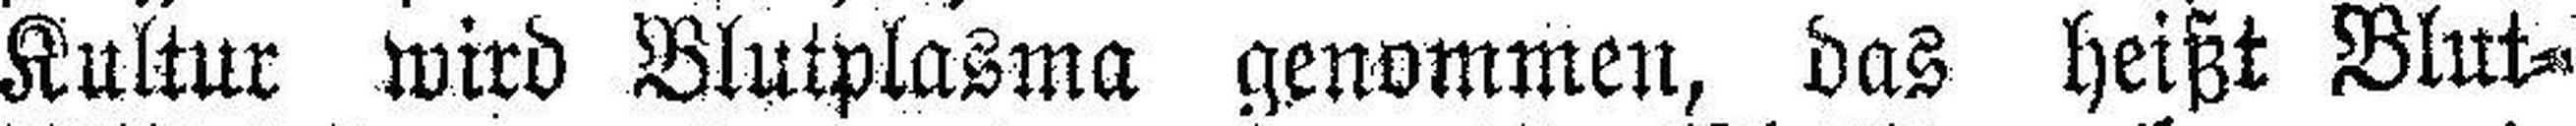
Kultur wird Blutplasma genommen, das heißt Blut¬